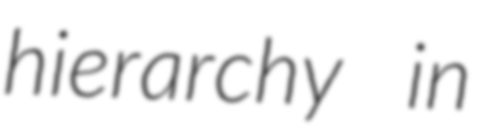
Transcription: hierarchy in